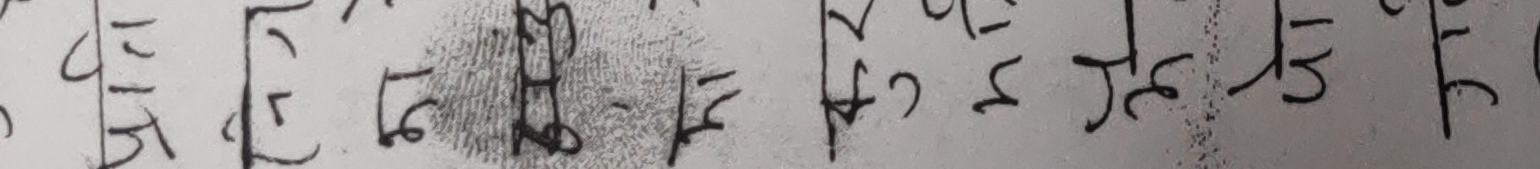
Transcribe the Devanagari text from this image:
५।। ।६५ ।६ ।५ ।०२ ।३ ।५ ।०